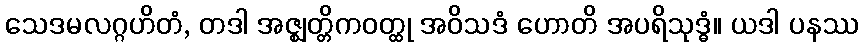
သေဒမလဂ္ဂဟိတံ, တဒါ အဇ္ဈတ္တိကဝတ္ထု အဝိသဒံ ဟောတိ အပရိသုဒ္ဓံ။ ယဒါ ပနဿ